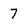
Character: 7